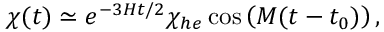
\chi ( t ) \simeq e ^ { - 3 H t / 2 } \chi _ { h e } \cos \left( M ( t - t _ { 0 } ) \right) ,